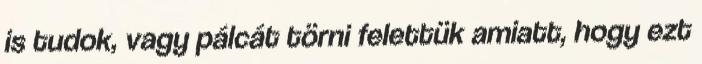
is tudok, vagy pálcát törni felettük amiatt, hogy ezt